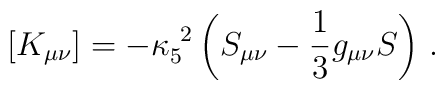
\left[K_{\mu\nu}\right] = -\kappa_5^{~2} \left(S_{\mu\nu}-{1\over 3} g_{\mu\nu} S\right) \,.